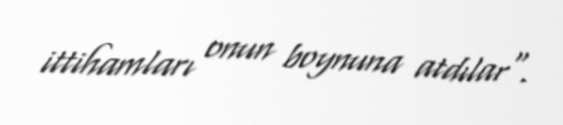
ittihamları onun boynuna atdılar".